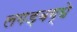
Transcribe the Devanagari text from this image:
लगड़बग्घे